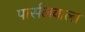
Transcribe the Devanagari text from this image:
पार्सलवाला